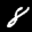
Label: 8